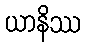
ယာနိဿ